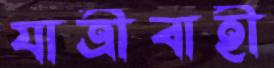
যাত্রীবাহী